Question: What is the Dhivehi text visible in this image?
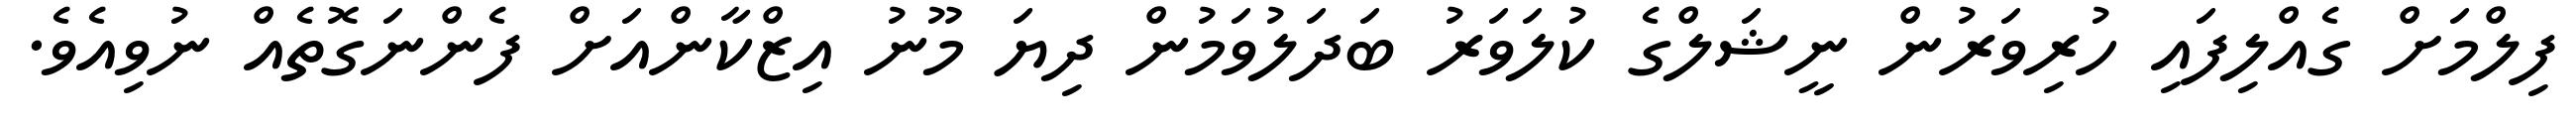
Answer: ފިލްމަށް ގެއްލިފައި ހުރިވަރުން ނީޝަލްގެ ކުލަވަރު ބަދަލުވަމުން ދިޔަ މޫނު އިޒްކާންއަށް ފެންނަގޮތެއް ނުވިއެވެ.